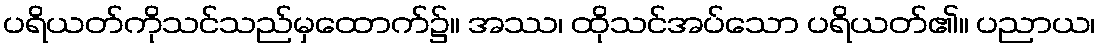
ပရိယတ်ကိုသင်သည်မှထောက်၌။ အဿ၊ ထိုသင်အပ်သော ပရိယတ်၏။ ပညာယ၊